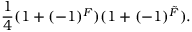
\frac { 1 } { 4 } ( 1 + ( - 1 ) ^ { F } ) ( 1 + ( - 1 ) ^ { \tilde { F } } ) .